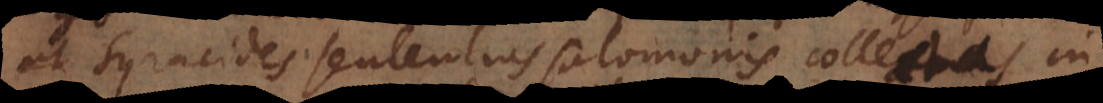
et Syracides sententias Salomonis collectas in